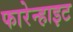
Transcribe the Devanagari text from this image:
फारेन्हाइट